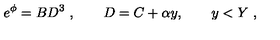
e ^ { \phi } = B D ^ { 3 } \ , \qquad D = C + \alpha y , \qquad y < Y \ ,